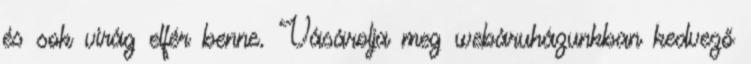
és sok virág elfér benne. Vásárolja meg webáruházunkban kedvező